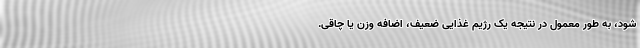
شود، به طور معمول در نتیجه یک رژیم غذایی ضعیف، اضافه وزن یا چاقی.